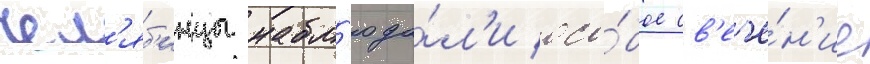
чел'яб'инцы набл'юда́л'и осо́бое св'ече́н'ие